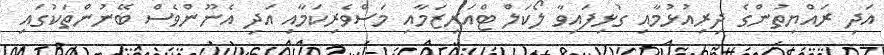
އަދި ރައްޔިތުންގެ ދިރިއުޅުމާއި ގުޅިފައިވާ ލޯކަލް ޓްއަރިޒަމާއި މަސްވެރިކަމާއި އަދި އެނޫންވެސް ބޭނުންތަކުގައި